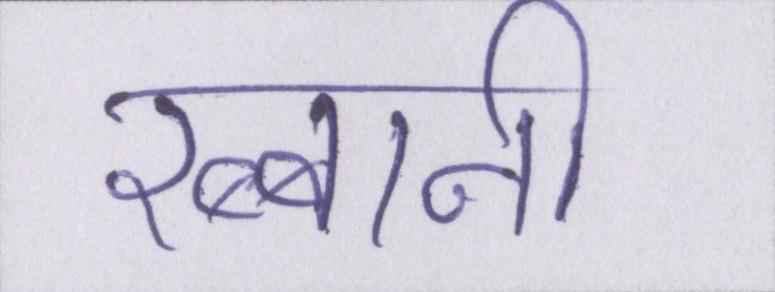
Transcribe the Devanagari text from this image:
रब्बानी